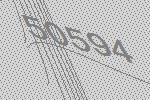
50594